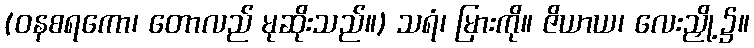
(ဝနစရကော၊ တောလည် မုဆိုးသည်။) သရံ၊ မြားကို။ ဇိယာယ၊ လေးညှို့၌။